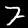
Digit: 7